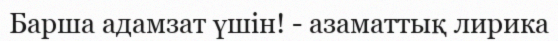
Барша адамзат үшін! - азаматтық лирика